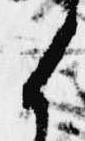
候